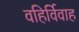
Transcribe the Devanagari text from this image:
वहिर्विवाह